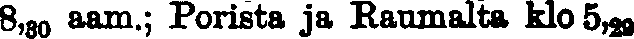
8,30 aam.; Porista ja Raumalta klo 5,29